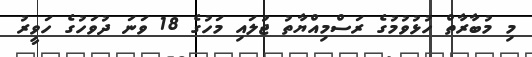
މި މުބާރާތް ހުޅުވުމުގެ ރަސްމިއްޔާތު ޖުލައި މަހުގެ 18 ވަނަ ދުވަހުގެ ހަވީރު